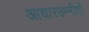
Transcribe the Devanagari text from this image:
आधारउम्मीदों